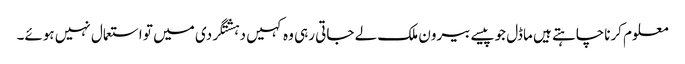
معلوم کرناچاہتے ہیں ماڈل جوپیسے بیرون ملک لے جاتی رہی وہ کہیں دہشتگردی میں تو استعمال نہیں ہوئے۔